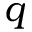
q